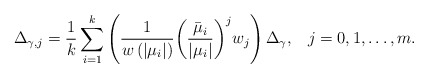
\begin{align*} {\Delta _{\gamma ,j}} = \frac{1}{k} \sum\limits_{i = 1}^k {\left( {\frac{1}{{w\left( {\left| {{\mu _i}} \right|} \right)}}{{\left( {\frac{{{{\bar \mu }_i}}}{{\left| {{\mu _i}} \right|}}} \right)}^j}{w_j}} \right)\Delta _\gamma, \;\;\; j = 0, 1, \dots , m } .\end{align*}